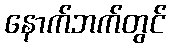
နောက်ဘက်တွင်